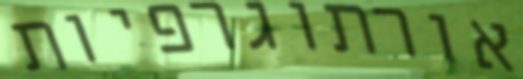
אורתוגרפיות